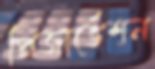
প্রিজার্ভেশন